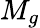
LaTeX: M_{g}